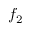
f _ { 2 }